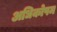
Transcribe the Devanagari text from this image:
अधिकोपम